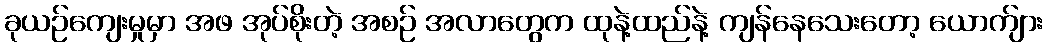
ခုယဉ်ကျေးမှုမှာ အဖ အုပ်စိုးတဲ့ အစဉ် အလာတွေက ထုနဲ့ထည်နဲ့ ကျန်နေသေးတော့ ယောက်ျား